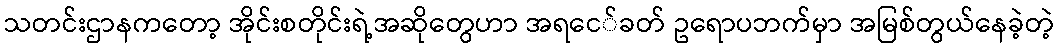
သတင်းဌာနကတော့ အိုင်းစတိုင်းရဲ့အဆိုတွေဟာ အရငေ်ခတ် ဥရောပဘက်မှာ အမြစ်တွယ်နေခဲ့တဲ့